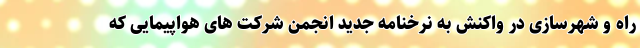
راه و شهرسازی در واکنش به نرخنامه جدید انجمن شرکت های هواپیمایی که